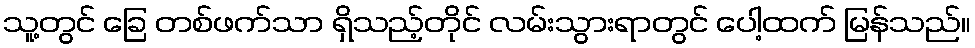
သူ့တွင် ခြေ တစ်ဖက်သာ ရှိသည့်တိုင် လမ်းသွားရာတွင် ပေါ့ထက် မြန်သည်။